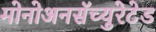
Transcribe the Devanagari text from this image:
मोनोअनसॅच्युरेटेड